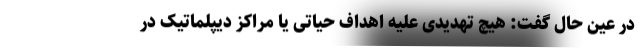
در عین حال گفت: هیچ تهدیدی علیه اهداف حیاتی یا مراکز دیپلماتیک در